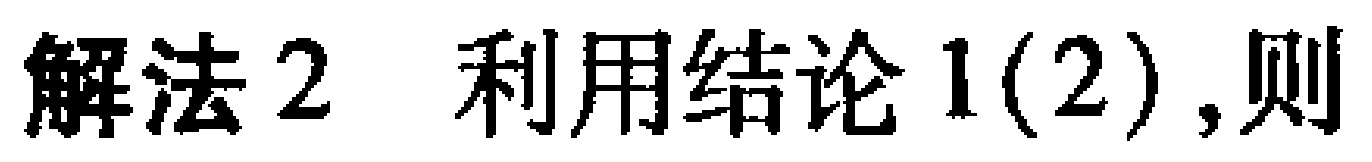
解法2 利用结论1(2),则